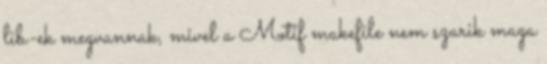
lib-ek megvannak, mivel a Motif makefile nem szarik maga